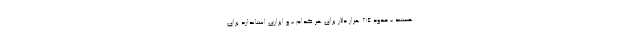
هستند - حدود 214 هزار دلار برای هر کدام - و ابزاری استاندارد برای